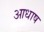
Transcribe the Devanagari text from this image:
आधाष